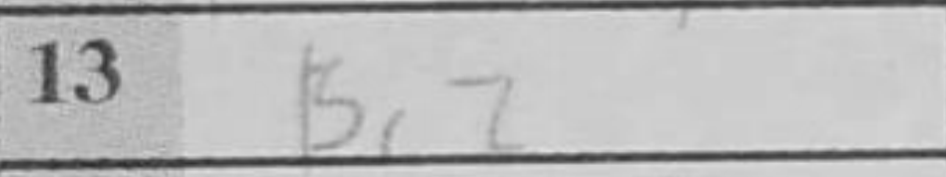
Transcription: Bc2